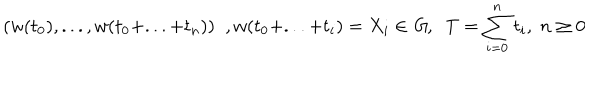
( w ( t _ { 0 } ) , . . . , w ( t _ { 0 } + . . . + t _ { n } ) ) \; \; , w ( t _ { 0 } + . . . + t _ { i } ) = X _ { i } \in { \it G } , \; \; T = \sum _ { i = 0 } ^ { n } t _ { i } , \; n \geq 0